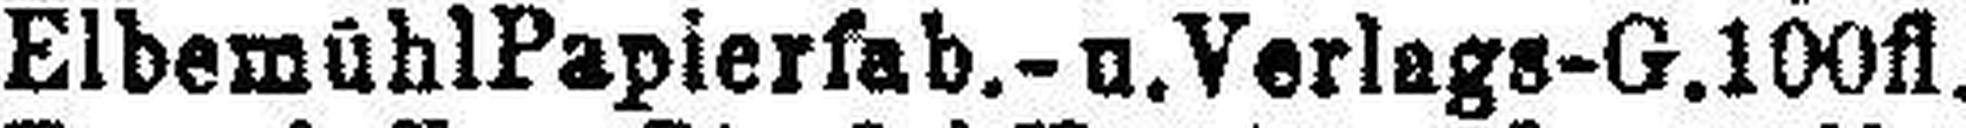
Elbemühl Papierfab.- u. Verlags-G. 100fl.